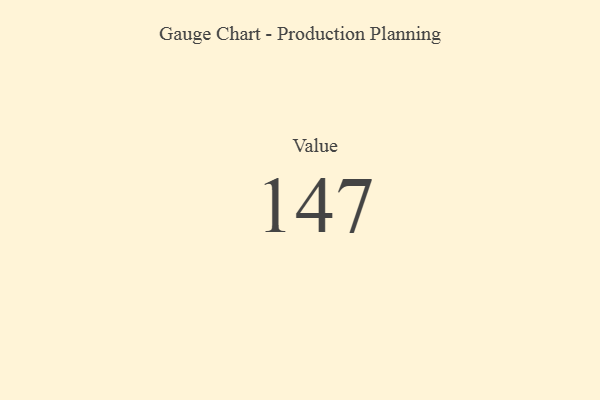
{"axis": {"x": "Metric", "y": "Value"}, "legend": [""], "data": [{"x": "Value", "y": 147, "type": ""}]}